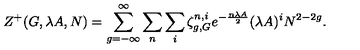
Z ^ { + } ( G , \lambda A , N ) = \sum _ { g = - \infty } ^ { \infty } \sum _ { n } \sum _ { i } \zeta _ { g , G } ^ { n , i } e ^ { - { \frac { n \lambda A } { 2 } } } ( \lambda A ) ^ { i } N ^ { 2 - 2 g } .